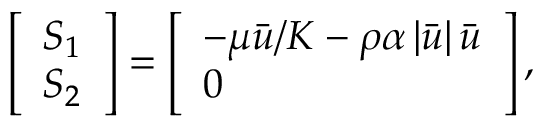
\left[ \begin{array} { l } { S _ { 1 } } \\ { S _ { 2 } } \end{array} \right] = \left[ \begin{array} { l } { - \mu \bar { u } / K - \rho \alpha \left| \bar { u } \right| \bar { u } } \\ { 0 } \end{array} \right] ,